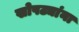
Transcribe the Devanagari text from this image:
खोपट्यांना